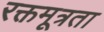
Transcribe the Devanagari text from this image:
रक्तमूत्रता